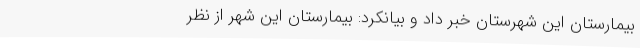
بیمارستان این شهرستان خبر داد و بیانکرد:‌ بیمارستان این شهر از نظر